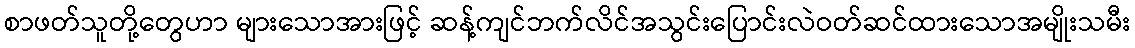
စာဖတ်သူတို့တွေဟာ များသောအားဖြင့် ဆန့်ကျင်ဘက်လိင်အသွင်းပြောင်းလဲဝတ်ဆင်ထားသောအမျိုးသမီး